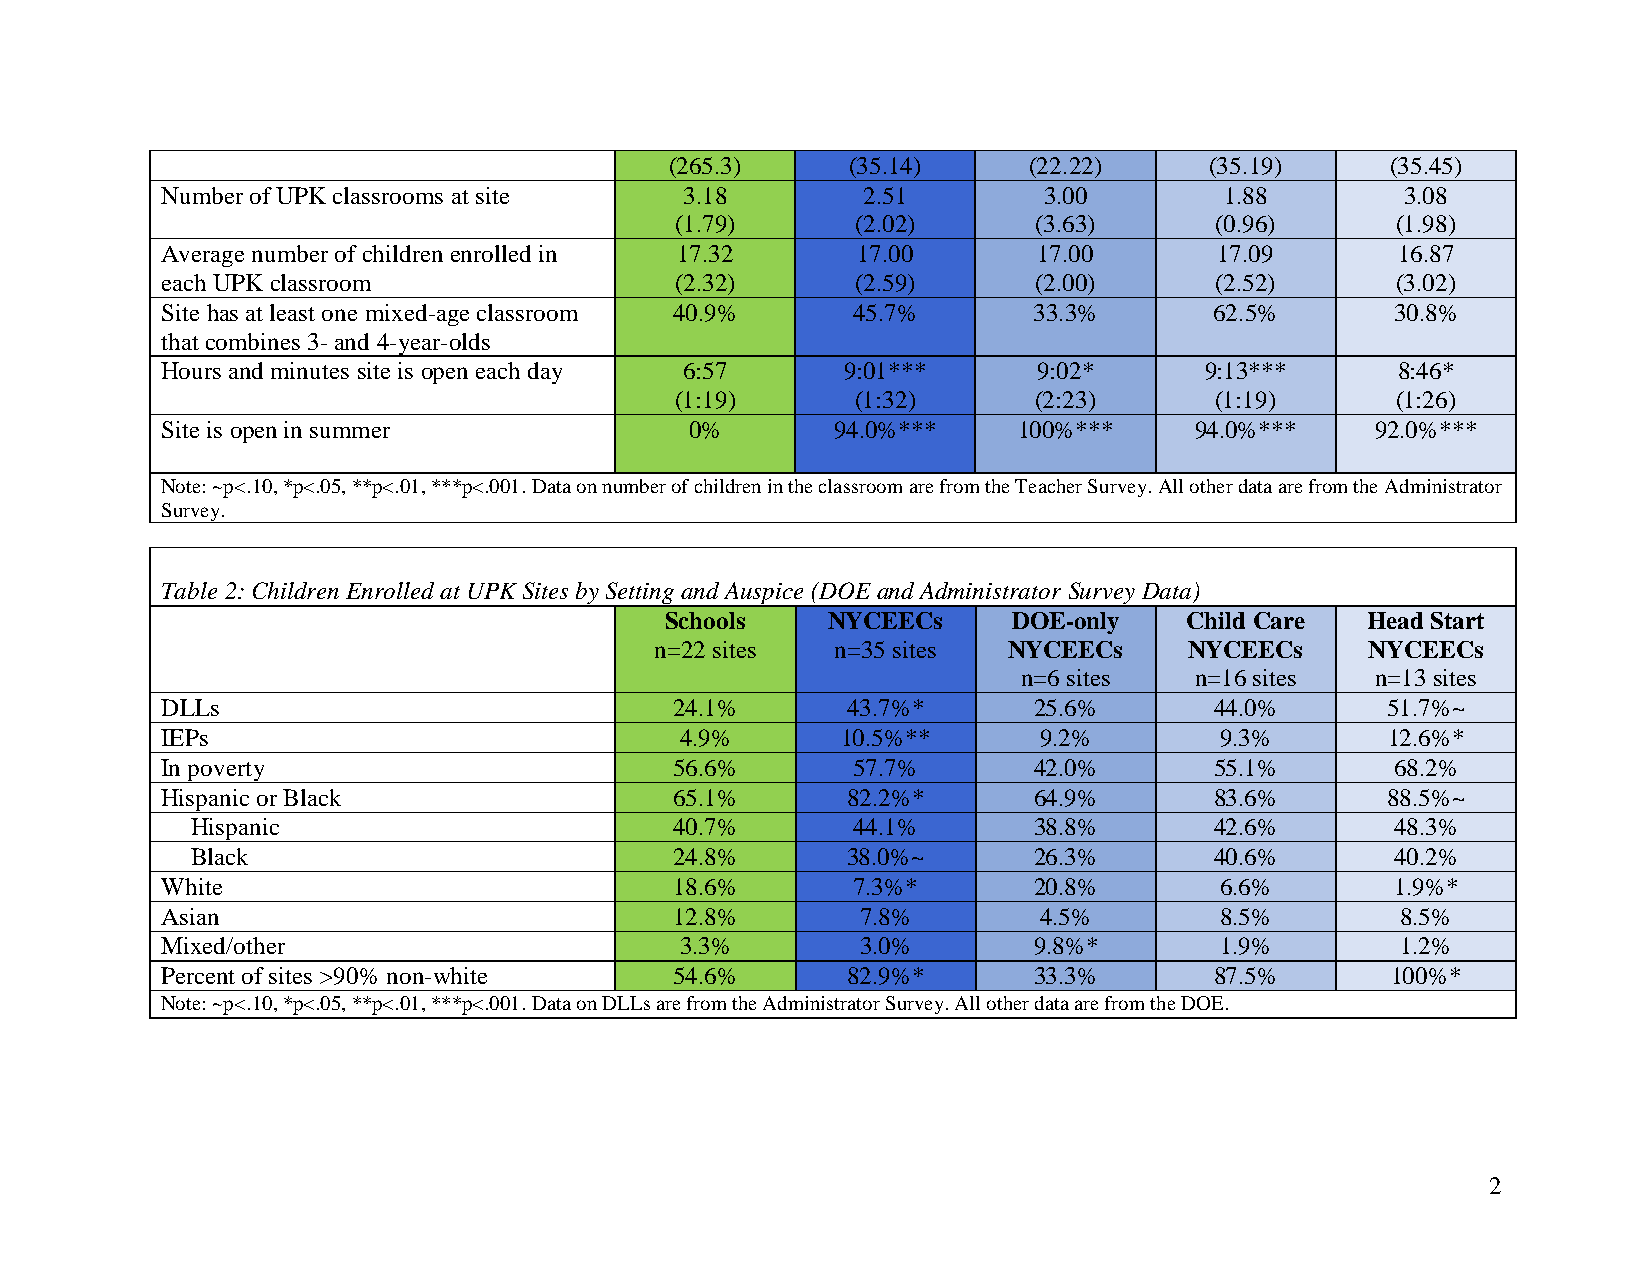
(265.3)     (35.14)     (22.22)     (35.19)     (35.45)
 Number of UPK classrooms at site  3.18        2.51        3.00        1.88        3.08
 (1.79)      (2.02)      (3.63)     (0.96)      (1.98)
 Average number of children enrolled in 17.32  17.00       17.00       17.09      16.87
 each UPK classroom                (2.32)      (2.59)      (2.00)     (2.52)      (3.02)
 Site has at least one mixed-age classroom 40.9% 45.7%    33.3%       62.5%       30.8%
 that combines 3- and 4-year-olds
 Hours and minutes site is open each day 6:57 9:01***      9:02*      9:13***     8:46*
 (1:19)      (1:32)     (2:23)      (1:19)      (1:26)
 Site is open in summer             0%       94.0%***    100%***     94.0%***    92.0%***
 Note: ~p<.10, *p<.05, **p<.01, ***p<.001. Data on number of children in the classroom are from the Teacher Survey. All other data are from the Administrator
 Survey.
 Table 2: Children Enrolled at UPK Sites by Setting and Auspice (DOE and Administrator Survey Data)
 Schools    NYCEECs     DOE-only   Child Care  Head Start
 n=22 sites  n=35 sites  NYCEECs     NYCEECs     NYCEECs
 n=6 sites  n=16 sites  n=13 sites
 DLLs                              24.1%      43.7%*      25.6%       44.0%       51.7%~
 IEPs                              4.9%       10.5%**      9.2%        9.3%       12.6%*
 In poverty                        56.6%      57.7%       42.0%       55.1%       68.2%
 Hispanic or Black                 65.1%      82.2%*      64.9%       83.6%       88.5%~
 Hispanic                        40.7%      44.1%       38.8%       42.6%       48.3%
 Black                           24.8%      38.0%~      26.3%       40.6%       40.2%
 White                             18.6%      7.3%*       20.8%        6.6%       1.9%*
 Asian                             12.8%       7.8%        4.5%        8.5%        8.5%
 Mixed/other                       3.3%        3.0%       9.8%*        1.9%        1.2%
 Percent of sites >90% non-white   54.6%      82.9%*      33.3%       87.5%       100%*
 Note: ~p<.10, *p<.05, **p<.01, ***p<.001. Data on DLLs are from the Administrator Survey. All other data are from the DOE.
 2